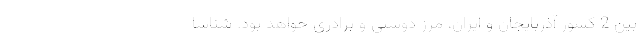
بین 2 کشور آذربایجان و ایران، مرز دوستی و برادری خواهد بود. شناسا